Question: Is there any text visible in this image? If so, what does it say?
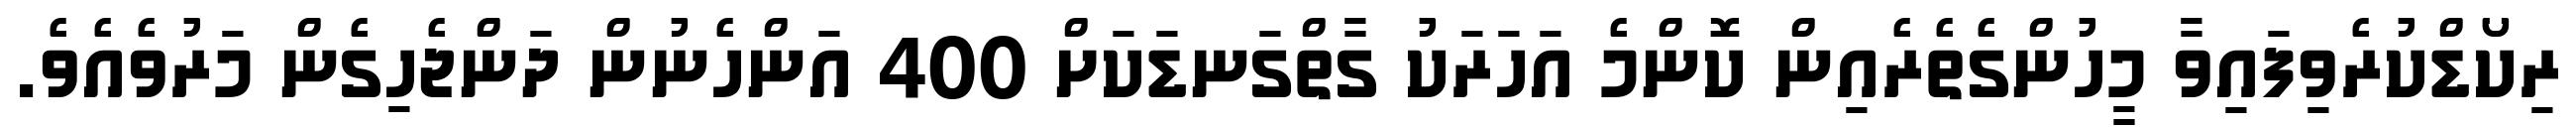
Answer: ރިކޯޑްކުރެވިފައިވާ މީހުންގެތެރެއިން ކޮންމެ އަހަރަކު ގާތްގަނޑަކަށް 400 އަންހެނުން ދަންޖެހިގެން މަރުވެއެވެ.